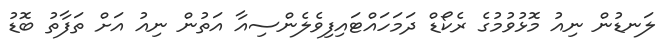
ލަނޑުން ނިއު މޮޅުވުމުގެ ރެކޯޑް ދަމަހައްޓައިފިވެލެންސިއާ އަތުން ނިއު އަށް ތަފާތު ބޮޑު